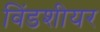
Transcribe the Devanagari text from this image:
विंडशीयर